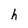
Character: h